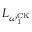
L _ { \omega _ { 1 } ^ { \mathrm { C K } } }